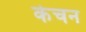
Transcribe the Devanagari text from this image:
केचन